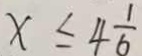
x \leq 4 \frac { 1 } { 6 }